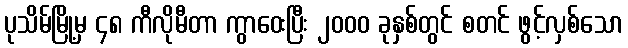
ပုသိမ်မြို့မှ ၄၈ ကီလိုမီတာ ကွာဝေးပြီး ၂၀၀၀ ခုနှစ်တွင် စတင် ဖွင့်လှစ်သော